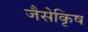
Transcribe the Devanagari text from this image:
जैसेकृिष